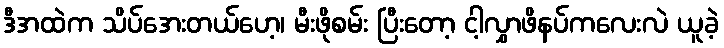
ဒီအထဲက သိပ်အေးတယ်ဟေ့၊ မီးဖိုစမ်း ပြီးတော့ ငါ့လွှာဖိနပ်ကလေးလဲ ယူခဲ့